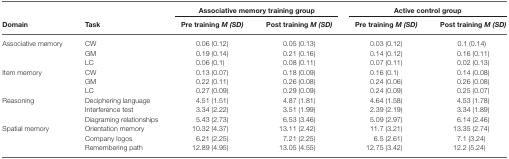
<table><thead><tr><td></td><td></td><td colspan="2"><b>Associative memory training group</b></td><td colspan="2"><b>Active control group</b></td></tr><tr><td><b>Domain</b></td><td><b>Task</b></td><td><b>Pre training <i>M (SD)</i></b></td><td><b>Post training <i>M (SD)</i></b></td><td><b>Pre training <i>M (SD)</i></b></td><td><b>Post training <i>M (SD)</i></b></td></tr></thead><tbody><tr><td>Associative memory</td><td>CW</td><td>0.06 (0.12)</td><td>0.05 (0.13)</td><td>0.03 (0.12)</td><td>0.1 (0.14)</td></tr><tr><td></td><td>GM</td><td>0.19 (0.14)</td><td>0.21 (0.16)</td><td>0.14 (0.12)</td><td>0.16 (0.11)</td></tr><tr><td></td><td>LC</td><td>0.06 (0.1)</td><td>0.08 (0.11)</td><td>0.07 (0.11)</td><td>0.02 (0.13)</td></tr><tr><td>Item memory</td><td>CW</td><td>0.13 (0.07)</td><td>0.18 (0.09)</td><td>0.16 (0.1)</td><td>0.14 (0.08)</td></tr><tr><td></td><td>GM</td><td>0.22 (0.11)</td><td>0.26 (0.08)</td><td>0.24 (0.06)</td><td>0.26 (0.08)</td></tr><tr><td></td><td>LC</td><td>0.27 (0.09)</td><td>0.29 (0.09)</td><td>0.24 (0.09)</td><td>0.25 (0.07)</td></tr><tr><td>Reasoning</td><td>Deciphering language</td><td>4.51 (1.51)</td><td>4.87 (1.81)</td><td>4.64 (1.58)</td><td>4.53 (1.78)</td></tr><tr><td></td><td>Interference test</td><td>3.34 (2.22)</td><td>3.51 (1.99)</td><td>2.39 (2.19)</td><td>3.34 (1.89)</td></tr><tr><td></td><td>Diagraming relationships</td><td>5.43 (2.73)</td><td>6.53 (3.46)</td><td>5.09 (2.97)</td><td>6.14 (2.46)</td></tr><tr><td>Spatial memory</td><td>Orientation memory</td><td>10.32 (4.37)</td><td>13.11 (2.42)</td><td>11.7 (3.21)</td><td>13.35 (2.74)</td></tr><tr><td></td><td>Company logos</td><td>6.21 (2.25)</td><td>7.21 (2.25)</td><td>6.5 (2.61)</td><td>7.1 (3.24)</td></tr><tr><td></td><td>Remembering path</td><td>12.89 (4.95)</td><td>13.05 (4.55)</td><td>12.75 (3.42)</td><td>12.2 (5.24)</td></tr></tbody></table>